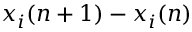
x _ { i } ( n + 1 ) - x _ { i } ( n )